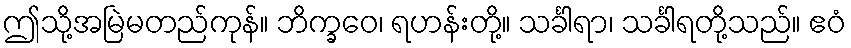
ဤသို့အမြဲမတည်ကုန်။ ဘိက္ခဝေ၊ ရဟန်းတို့။ သင်္ခါရာ၊ သင်္ခါရတို့သည်။ ဧဝံ